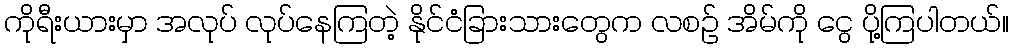
ကိုရီးယားမှာ အလုပ် လုပ်နေကြတဲ့ နိုင်ငံခြားသားတွေက လစဉ် အိမ်ကို ငွေ ပို့ကြပါတယ်။